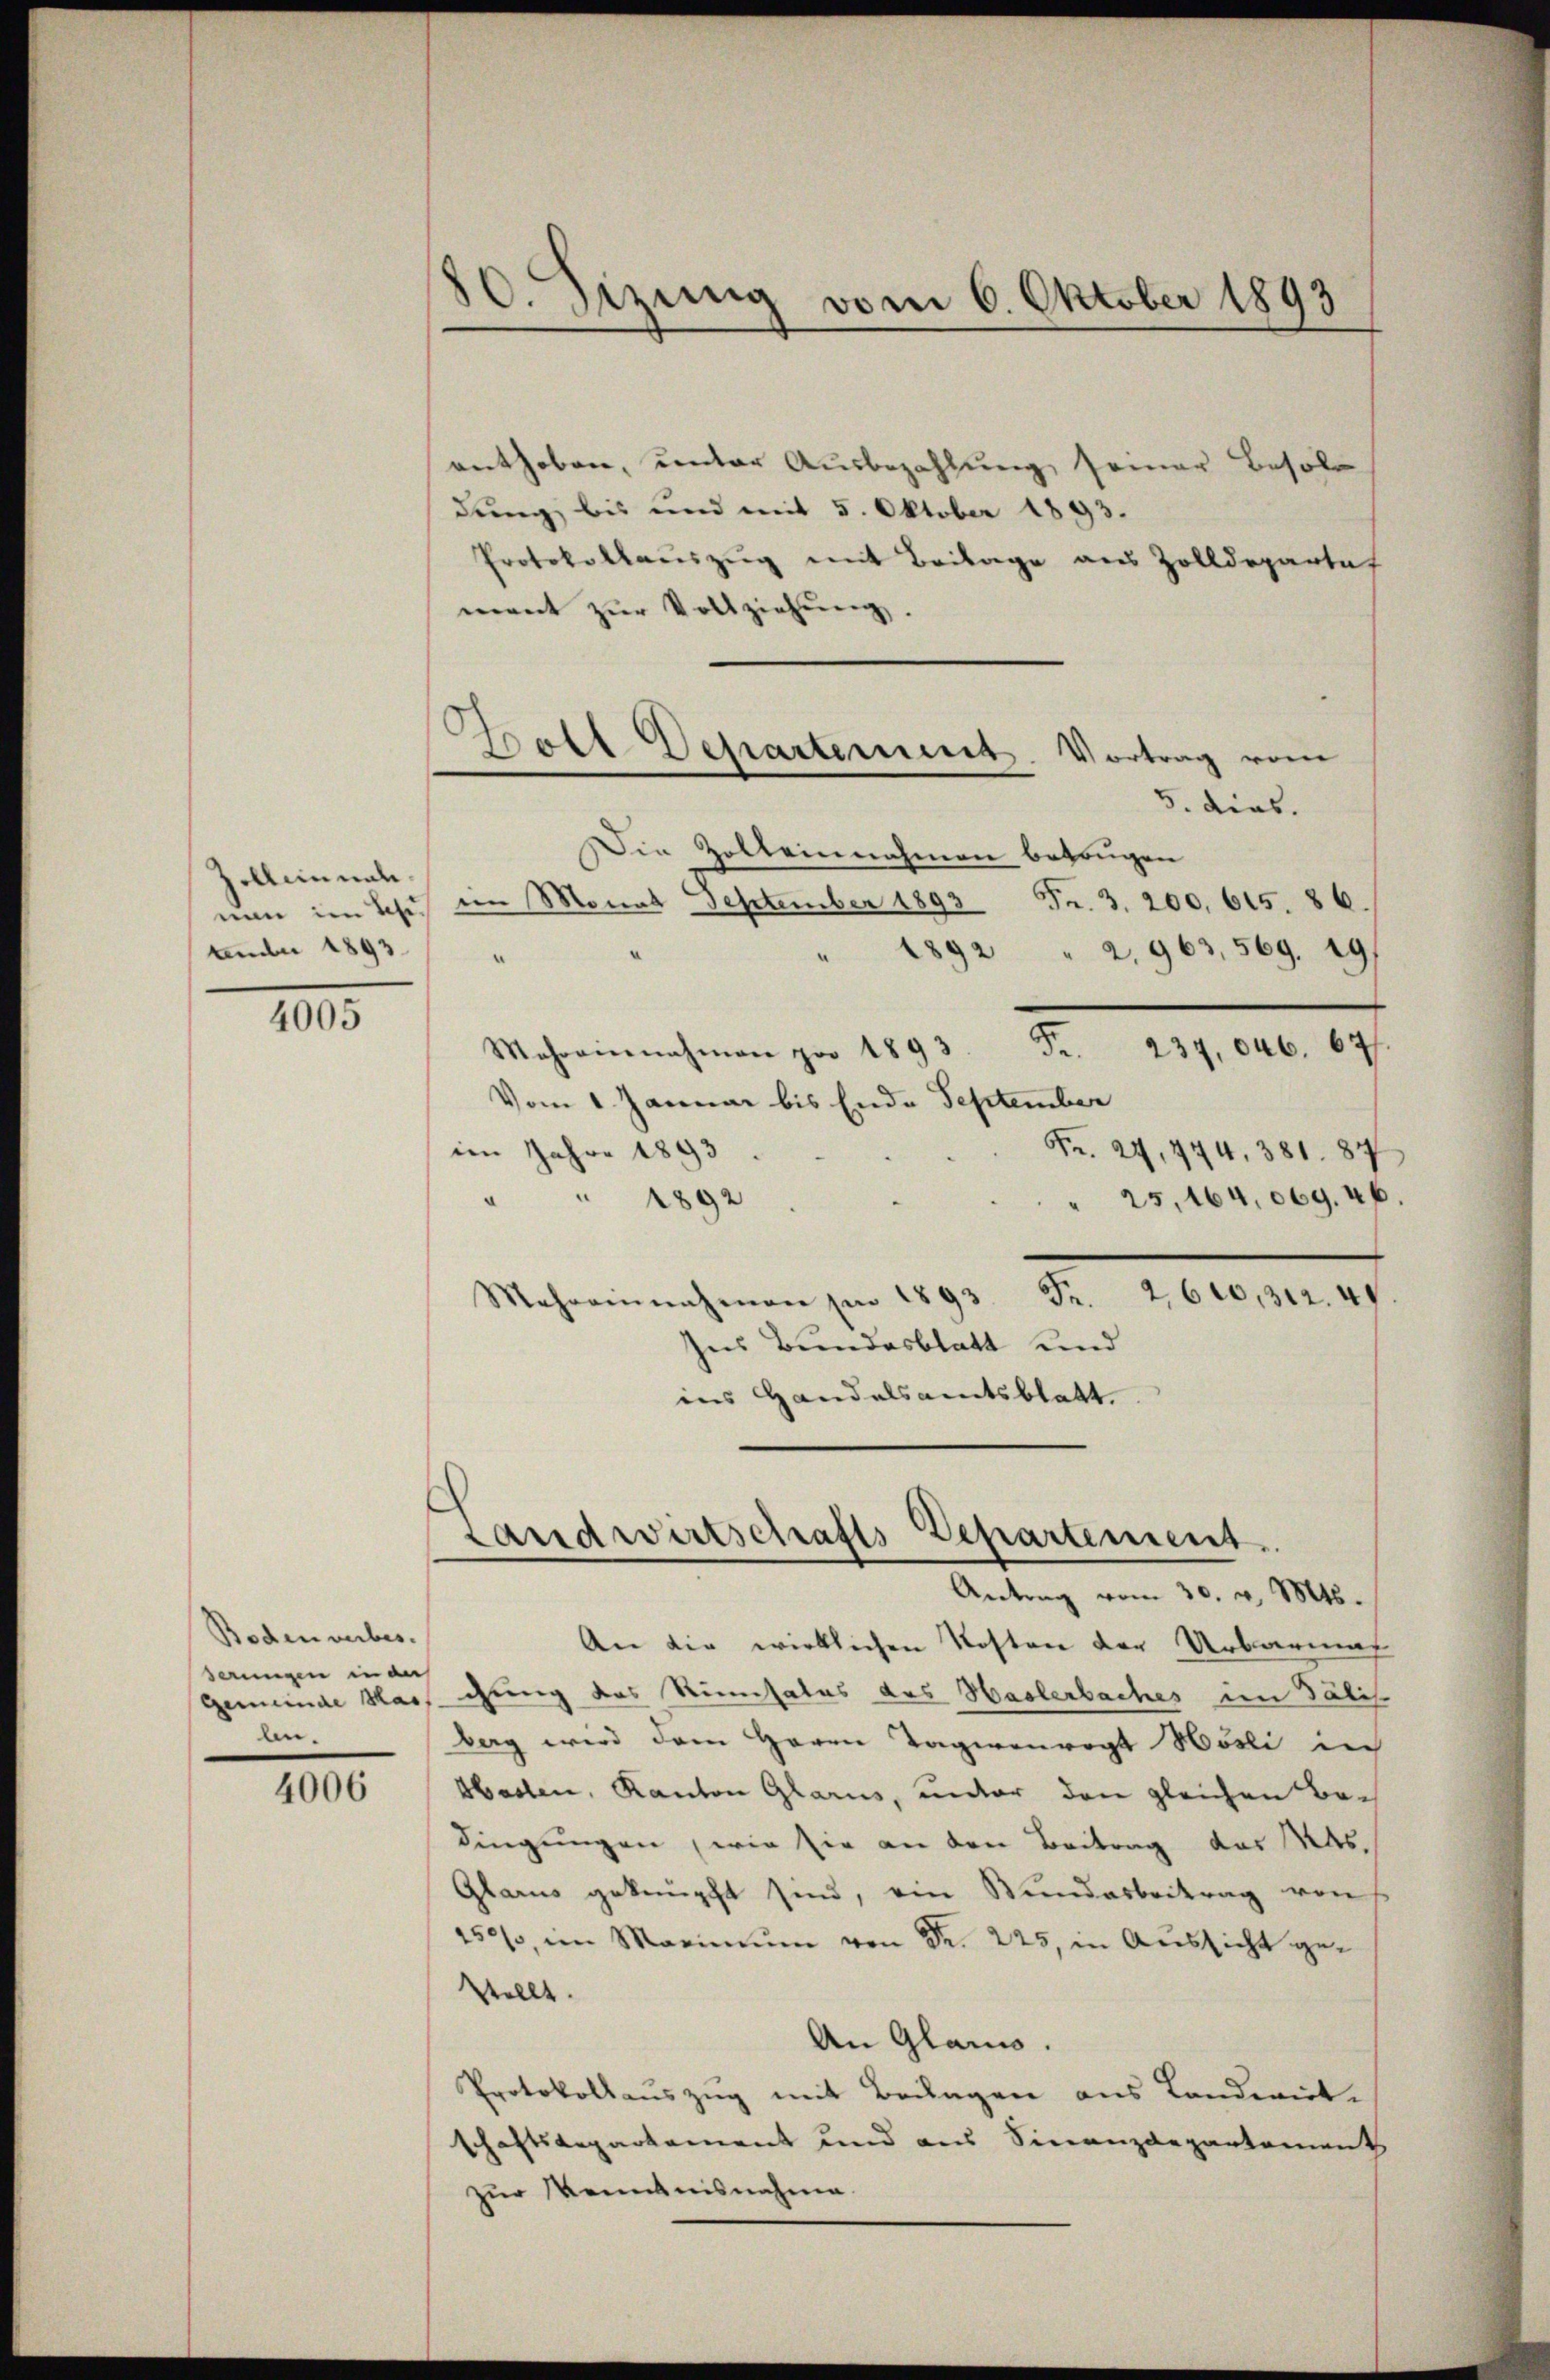
Zolleinmal.
nun im Sch
emer 1893

4005

Boden verbes.
deungen in an
gemeinde Mas
ln.

4006

80. Sizung vom 6. Oktober 1893

d
Gott Departement
Vortrag vom

enthoben, unter Ausbezahlung seiner Besol
dung bis und mit 5. Oktober 1893.
Protokollauszug mit Beilage aus Zolldepartet
ment zŭr Vollziehŭng.
5. dies.
Die Zolteinnahmen betrugen
im Monat September 1893 Fr. 3. 200. 615. 86.
1892 " 2. 963, 569. 191
“
Minnahmen pro 1893 Fr. 234, 046. 677.
Vom 1. Januar bis Ende September
Fr. 27, 444, 381. 87
im Jahre 1893
25,164,069. 46
" " 1892
Mehreinnahmen pr 1893 Fr. 2600, 312. 44.
Ins Bundesblatt und
ins Handelsamtsblatt.
Landwirtschafts Departement
—
Antrag vom 30. v. Mts.
An die wirklichen Kosten der Urbarmal
chung des Simsatus des Haslerbaches im Salis
Berg wird dem Herrn Tagirenvogt Hösli ich
Haslen, Kanton Glarus, unter den gleichen Bedingungen wie sie an den Beitrag der Maas¬
Glarus geknüpft sind, ein Bundarbeitrag von
150%, im Marinum von Fr. 225, in Aussicht gestellt.
An Glario.
Protokollauszug mit Brungen aus Landwirt-
schaftsdepartement und aus Finanzdepartement
zur Kenntnisnahme.